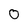
Character: 0